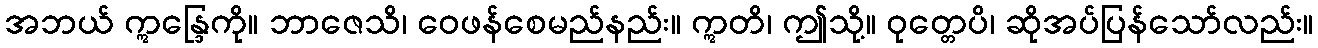
အဘယ် ဣန္ဒြေကို။ ဘာဇေသိ၊ ဝေဖန်စေမည်နည်း။ ဣတိ၊ ဤသို့။ ဝုတ္တေပိ၊ ဆိုအပ်ပြန်သော်လည်း။